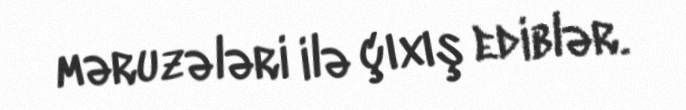
məruzələri ilə çıxış ediblər.